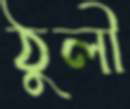
ঠুলী